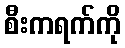
စီးကရက်ကို